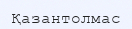
Қазантолмас